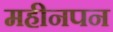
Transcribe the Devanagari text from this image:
महीनपन